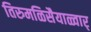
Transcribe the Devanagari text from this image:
तिरुमळिसैयाळ्वार्